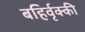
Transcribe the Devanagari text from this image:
बहिर्वृक्की